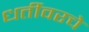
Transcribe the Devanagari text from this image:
धर्तीवरचे